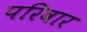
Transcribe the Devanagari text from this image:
परिवार